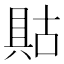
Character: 𱏶